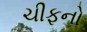
ચીફનો